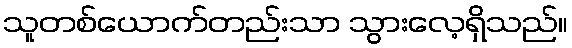
သူတစ်ယောက်တည်းသာ သွားလေ့ရှိသည်။